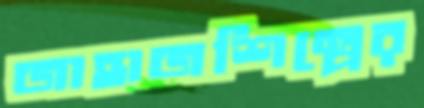
জাহাজশিল্পের